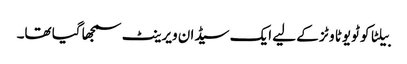
بیلٹا کو ٹویوٹا وٹز کے لیے ایک سیڈان ویرینٹ سمجھا گیا تھا۔